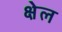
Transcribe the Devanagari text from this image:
क्षेल